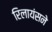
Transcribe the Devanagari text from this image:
रिलायंसने